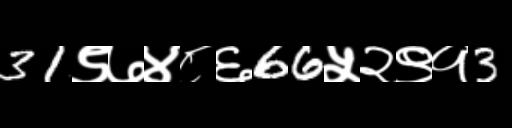
Text: 31९७४८६66५२९१3